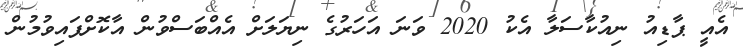
އެއީ ޕާޑިއު ނިއުކާސަލާ އެކު 2020 ވަނަ އަހަރުގެ ނިޔަލަށް އެއްބަސްވުން އާކޮށްފައިވުމުން